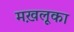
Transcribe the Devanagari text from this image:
मख़लूका